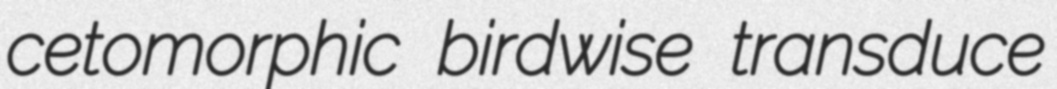
cetomorphic birdwise transduce